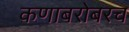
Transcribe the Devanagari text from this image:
कणाबरोबरच